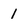
Character: 1